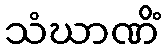
သံဃာဏိံ